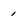
Character: 1